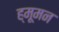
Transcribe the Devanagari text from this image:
ह्मूमन